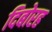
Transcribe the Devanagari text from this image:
दिबोरह